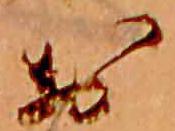
お